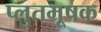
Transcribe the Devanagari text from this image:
प्लुतमूषक